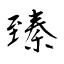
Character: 臻